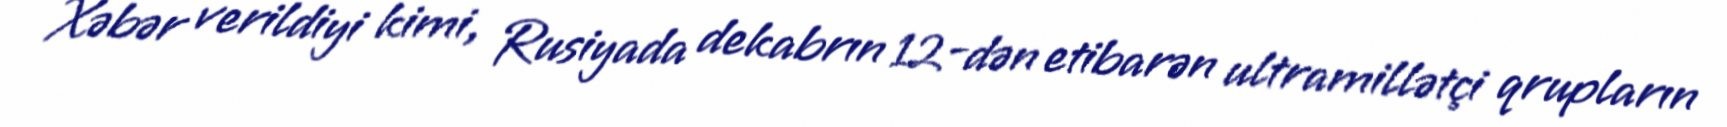
Xəbər verildiyi kimi, Rusiyada dekabrın 12-dən etibarən ultramillətçi qrupların